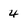
Character: 4